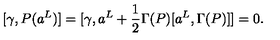
[ \gamma , P ( a ^ { L } ) ] = [ \gamma , a ^ { L } + \frac { 1 } { 2 } \Gamma ( P ) [ a ^ { L } , \Gamma ( P ) ] ] = 0 .